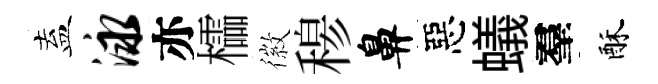
盍泳亦櫺徽𥠇鼻惡蟻羣酥